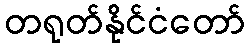
တရုတ်နိုင်ငံတော်